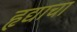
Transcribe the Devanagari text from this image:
हृद्याचा